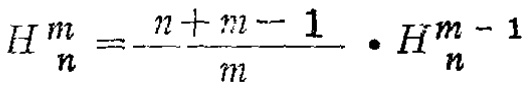
\[H_{n}^{m}=\frac{n + m - 1}{m}\cdot H_{n}^{m - 1}\]